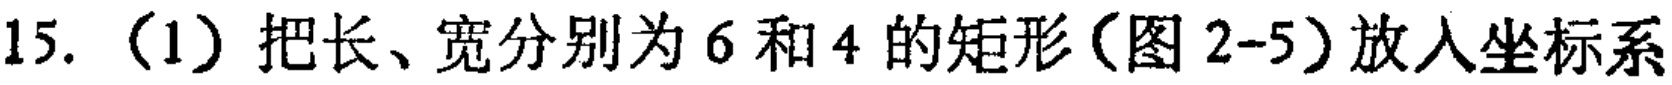
15.（1）把长、宽分别为6和4的矩形（图2-5）放入坐标系